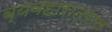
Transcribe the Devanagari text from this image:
व्यवहारातरात